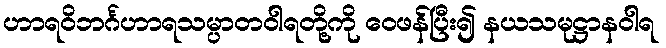
ဟာရဝိဘင်္ဂဟာရသမ္ပာတဝါရတို့ကို ဝေဖန်ပြီး၍ နယသမုဋ္ဌာနဝါရ